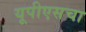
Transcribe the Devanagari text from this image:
यूपीएसचा